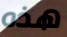
هذه